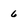
Character: 6